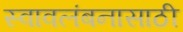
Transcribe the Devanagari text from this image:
स्वावलंबनासाठी